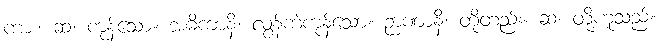
ကား။ ဆ၊ ကုန်သော။ အဓိကာနိ၊ လွန်ကဲကုန်သော။ ဉာဏာနိ၊ တို့တည်း။ ဆ၊ တို့ဟူသည်။